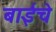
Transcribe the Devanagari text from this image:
बाईंचे